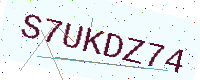
Text: S7UKDZ74